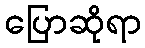
ပြောဆိုရာ